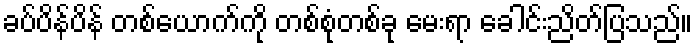
ခပ်ပိန်ပိန် တစ်ယောက်ကို တစ်စုံတစ်ခု မေးရာ ခေါင်းညိတ်ပြသည်။